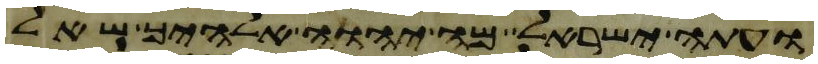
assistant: ועתה ישראל מה יהוה אלהיך שאל